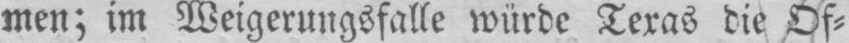
men; im Weigerungsfalle würde Texas die Of⸗